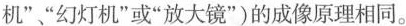
机””幻灯机”或”放大镜”)的成像原理相同。